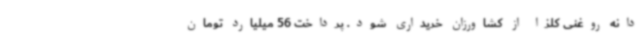
دانه روغنی کلزا از کشاورزان خریداری شود. پرداخت 56 میلیارد تومان